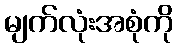
မျက်လုံးအစုံကို